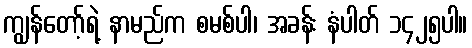
ကျွန်တော့်ရဲ့ နာမည်က စမစ်ပါ၊ အခန်း နံပါတ် ၁၄၂၅ပါ။